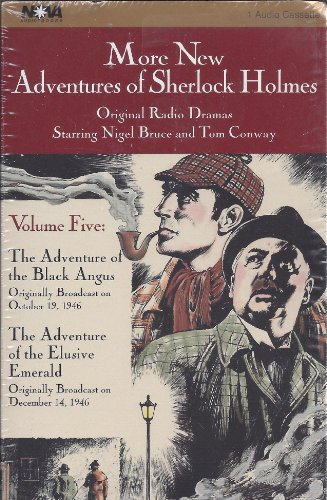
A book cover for More. . . Sherlock Holmes: Vol. 5 (Sherlock Holmes Series); Anthony Boucher; Humor & Entertainment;